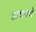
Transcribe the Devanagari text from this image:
अधपचे